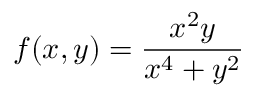
f ( x , y ) = { \frac { x ^ { 2 } y } { x ^ { 4 } + y ^ { 2 } } }